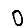
Digit: 0